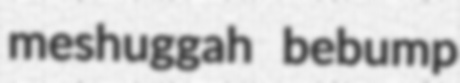
meshuggah bebump